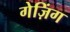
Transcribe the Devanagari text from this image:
गेज़िंग